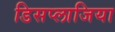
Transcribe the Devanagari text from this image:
डिसप्लाजिया